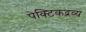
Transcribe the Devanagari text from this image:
पेक्टिकद्रव्य